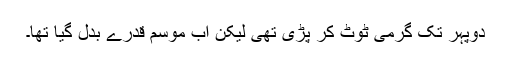
دوپہر تک گرمی ٹوٹ کر پڑی تھی لیکن اب موسم قدرے بدل گیا تھا۔